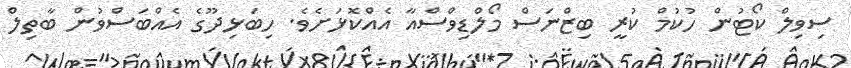
ސިވިލް ކޯޓުން ހުކުމް ކުރީ ބިޒްނަސް މޯލްޑިވްސްއާ އެއްކޮޅަށެވެ. ހިބަޅިދޫގެ އެއްބަސްވުން ބާތިލް